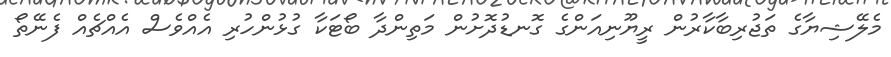
މެލޭޝިޔާގެ ތަޖުރިބާކާރުން ރީޔޫނިއަންގެ ގޮނޑުދޮށުން މަތިންދާ ބޯޓަކާ ގުޅުންހުރި އެއްވެސް އެއްޗެއް ފެނޭތޯ